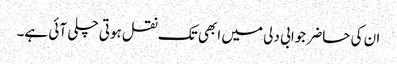
ان کی حاضر جوابی دلی میں ابھی تک نقل ہوتی چلی آئی ہے۔